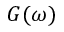
G ( \omega )